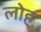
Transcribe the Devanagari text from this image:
लोह्